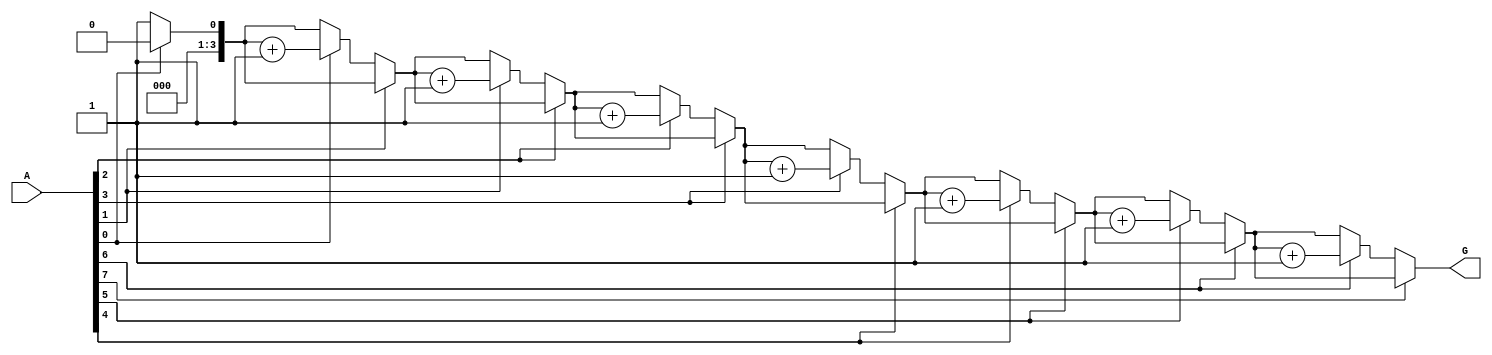
module GroupingOfZeros #(
    parameter N = 8 // Length of the input vector
)(
    input wire [N-1:0] A,      // Input binary vector
    output reg [3:0] G         // Output count of groups of contiguous zeros
);

    integer i;
    reg in_zero_group;         // Flag to indicate if currently in a zero group

    always @(*) begin
        G = 0;                     // Initialize output count to 0
        in_zero_group = 0;        // Reset group flag

        for (i = 0; i < N; i = i + 1) begin
            if (A[i] == 0) begin // Current bit is zero
                if (in_zero_group == 0) begin
                    // We are entering a new group of zeros
                    G = G + 1;   // Increment group count
                    in_zero_group = 1; // Set flag to indicate inside zero group
                end
            end else begin // Current bit is one
                in_zero_group = 0; // Reset group flag
            end
        end
    end

endmodule